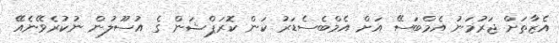
އެޒާތަށް ޖަރުމަނު އެމްބަސޭ އަށް އެމްބެސެޑަރު ކަން ކޮރަޕްޝަން ގެ އުސޫލުން ނުކުރެވޭނެއޭ